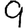
Digit: 9